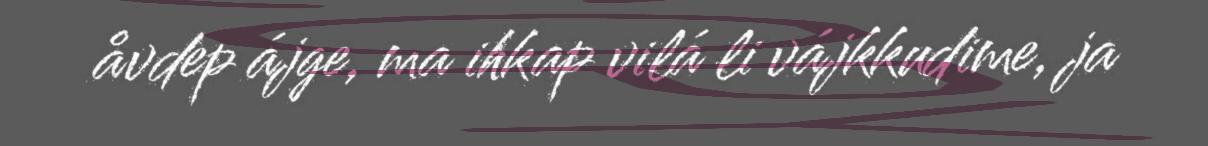
åvdep ájge, ma ihkap vilá li vájkkudime, ja